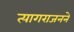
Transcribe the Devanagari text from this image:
त्यागराजनने